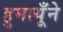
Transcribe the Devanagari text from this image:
हुमायूँने